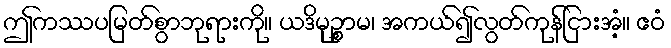
ဤကဿပမြတ်စွာဘုရားကို။ ယဒိမုဉ္စာမ၊ အကယ်၍လွတ်ကုန်ငြားအံ့။ ဧဝံ